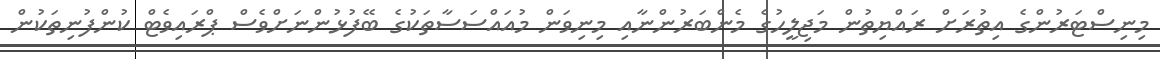
މިނިސްޓަރުންގެ އިތުރަށް ރައްޔިތުން މަޖިލީހުގެ މެންބަރުންނާއި މިނިވަން މުއައްސަސާތަކުގެ ބޭފުޅުންނަށްވެސް ޕްރައިވެޓް ކުންފުނިތަކުން